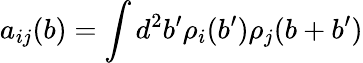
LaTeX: a_{ij}(b)=\int d^{2}b^{\prime}\rho_{i}(b^{\prime})\rho_{j}(b+b^{\prime})